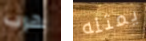
هرب يمثله